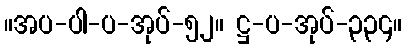
။အပ-ပါ-ပ-အုပ်-၅၂။ ဋ္ဌ-ပ-အုပ်-၃၃၄။